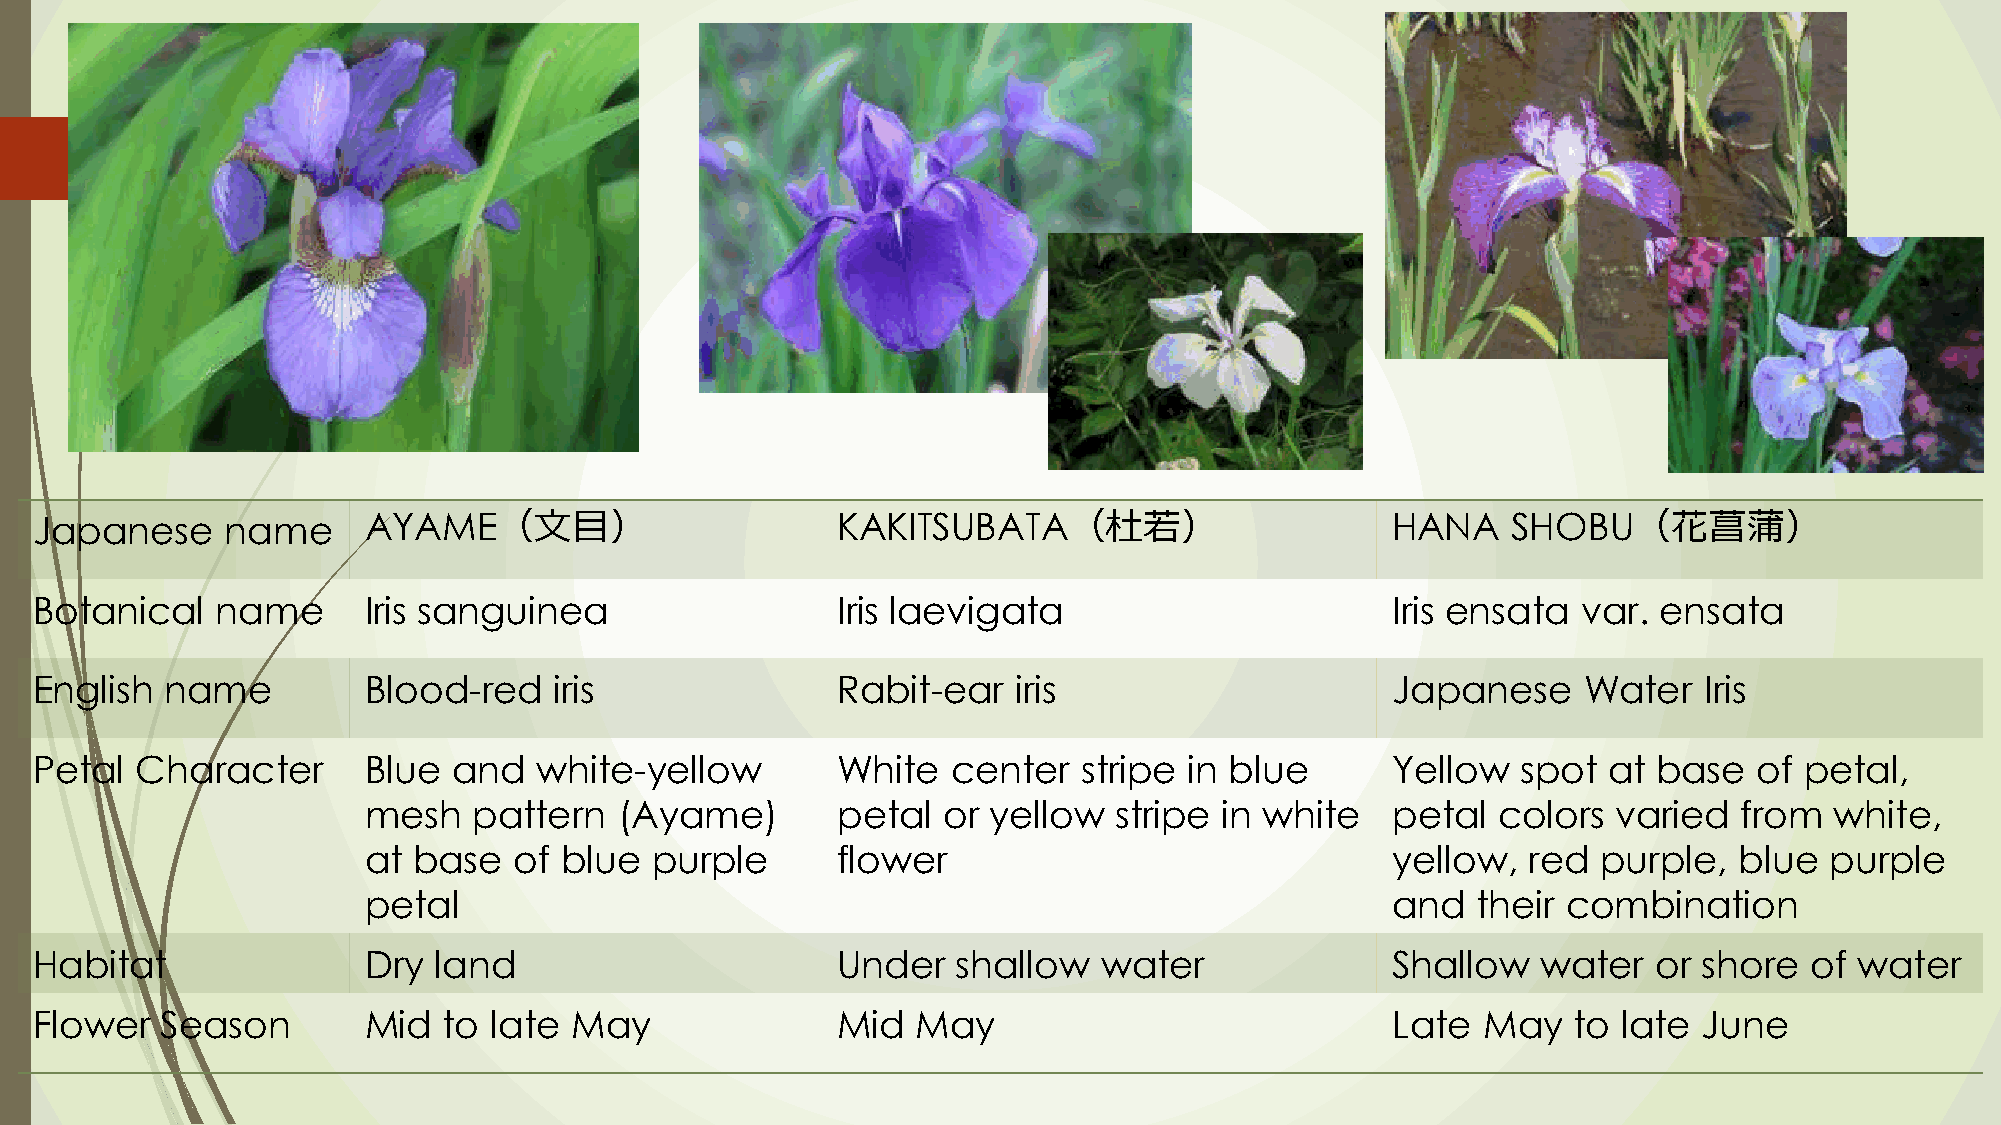
Japanese     name     AYAME（文目）                      KAKITSUBATA（杜若）                      HANA    SHOBU（花菖蒲）
 Botanical   name      Iris sanguinea                 Iris laevigata                       Iris ensata  var. ensata
 English  name         Blood-red    iris              Rabit-ear   iris                     Japanese     Water   Iris
 Petal  Character      Blue  and  white-yellow        White   center   stripe in blue      Yellow   spot at  base  of petal,
 mesh   pattern   (Ayame)       petal  or yellow   stripe in white   petal  colors  varied  from  white,
 at base   of blue  purple      flower                               yellow,  red  purple,  blue  purple
 petal                                                               and   their combination
 Habitat               Dry  land                      Under   shallow   water              Shallow   water   or shore  of water
 Flower   Season       Mid  to late  May              Mid   May                            Late  May   to late  June